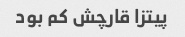
پیتزا قارچش کم بود